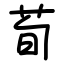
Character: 荀